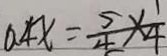
0 . 4 x = \frac { 5 } { 4 } \times \frac { 1 } { 4 }